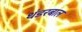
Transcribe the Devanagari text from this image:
थंडरबाल